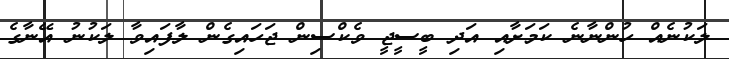
ލަކުނެއް ހުންނާނެ ކަމަށާއި އަދި ބީސީޖީ ވެކްސިން ޖަހައިގެން ލާފައިވާ ލަކުނު އޭނާގެ